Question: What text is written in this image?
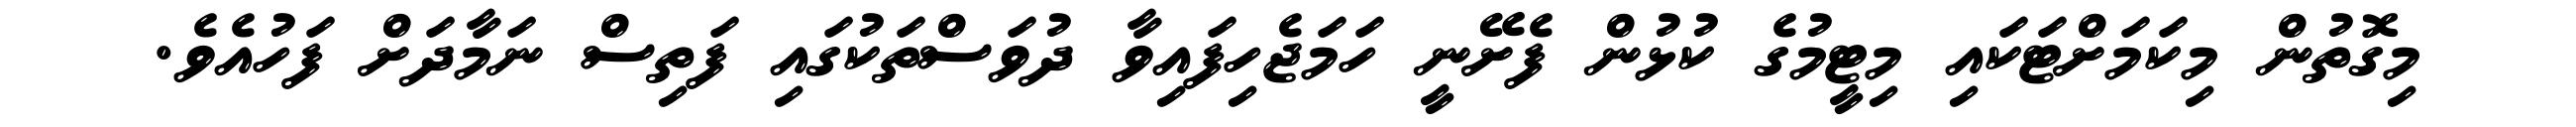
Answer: މިގޮތުން މިކަމަށްޓަކައި މިޓީމުގެ ކުޅުން ފެށޭނީ ހަމަޖެހިފައިވާ ދުވަސްތަކުގައި ފަތިސް ނަމާދަށް ފަހުއެވެ.